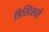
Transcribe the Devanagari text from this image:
डिस्टिलर्स